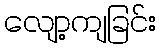
လျော့ကျခြင်း